[Report on the health of British troops in the Madras command]
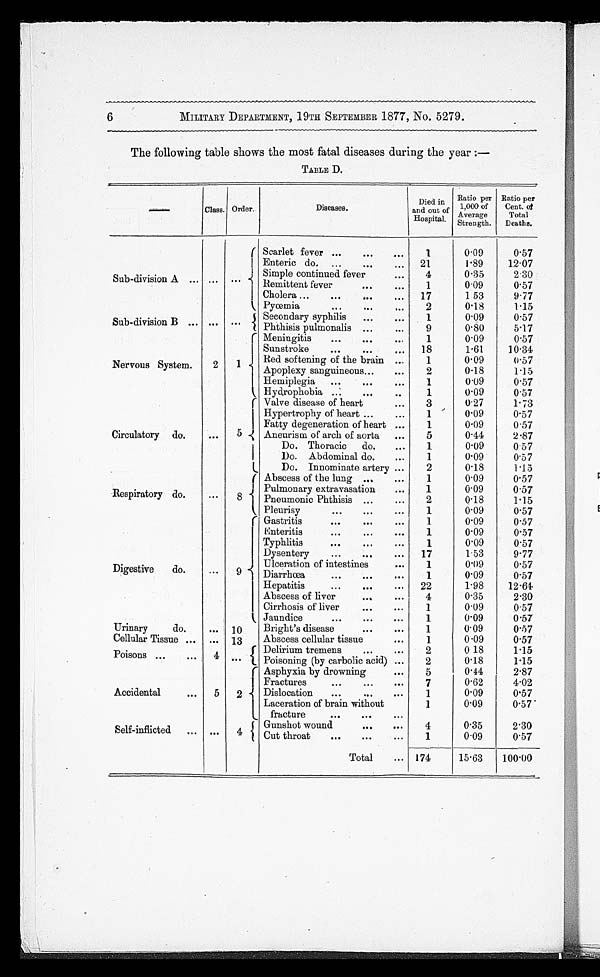
6
MILITARY DEPARTMENT, 19TH SEPTEMBER 1877, No. 5279.
The following table shows the most fatal diseases during the year :-
TABLE D.
—
Class. Order.
Diseases.
D i e d i n a n d o u t o f H o s p i t a l .
R a t i o p e r c e n t . o f T o t a l D e a t h s .
R a t i o p e r c e n t o f T o t a l D e a t h s .
Sub-division A ...
. . . ...
Scarlet fever ... ... ...
1
0.09
0.57
E n t e r i c d o
. . . . . . . . .
21
1.89
12.07
Simple continued fever
. . .
4
0.35
2 . 3 0
Remittent fever
. . .
1
0.09
0.57
Cholera ...
...
. . . 17
1 53
9.77
Pyœmia
...
...
. . .
2
0 . 1 8
1.15
Sub-division B ... ...
. . .
Secondary syphilis
...
...
1
0.09
0.57
Phthisis pulmonalis ...
...
9
0.80
5.17
Nervous System.
2
1
Meningitis
...
...
. . .
1
0.09
0.57
Sunstroke
...
. . .
...
18
1.61
10.34
Red softening of the brain ...
1
0.09
0.27
Apoplexy sanguineous...
. . .
2
0.18
1.15
Hemiplegia
...
. ...
. . .
1
0.09
0.57
Hydrophobia ...
...
...
1
0.09
0.57
Circulatory do.
. . .
5
Valve disease of heart
...
3
0.27
1.73
Hypertrophy of heart ...
. . .
1
0 . 0 9
0.57
Fatty degeneration of heart ...
1
0.09
0.57
Aneurism of arch of aorta
...
5
0.44
2.87
Do. Thoracic
do.
...
1
0.09
0 57
Do. Abdominal do.
. . .
1
0.09
0.57
Do. Innominate artery ...
2
0.18
1.15
Respiratory do.
...
8
Abscess of the lung ...
. . .
1
0.09
0.57
Pulmonary extravasation
...
1
0.09
0.57
Pneumonic Phthisis ......
2
0.18
1.15
Pleurisy
. . . . . . . . .
1
0.09
0 . 5 7
Digestive
do.
...
9
Gastritis
...
...
. . .
1
0.09
0.57
Enteritis
... ...
. . .
1
0.09
0.57
Typhlitis
...
...
...
1
0.09
0.57
Dysentery
...
17
1.53
9.77
Ulceration of intestines
...
1
0.09
0.57
Diarrhœa
...
...
. . .
1
0.09
0.57
Hepatitis
...
...
...
22
1.98
12.61
Abscess of liver
...
. . .
4
0 . 3 5
2.30
Cirrhosis of liver
...
. . .
1
0.09
0.57
Jaundice
...
...
...
1
0.09
0.57
Urinary
do.
. . . 10
Bright's disease
...
. . .
1
0.09
0.57
Cellular Tissue ... ... 13
Abscess cellular tissue
. . .
1
0.09
0.57
p o i s o n s
. .
.
. . . 4 ...
Delirium tremens
...
. . .
2
0 .18
1 . 1 5
Poisoning (by carbolic acid) ...
2
0.18
1.15
Accidental
...
5
2
Asphyxia by drowning
. . .
5
0.44
2.87
Fractures
...
. . . . . . .
7
0.62
4.02
Dislocation
...
...
. . .
1
0.09
0.57
Laceration of brain without
fracture
...
...
. . .
1
0.09
0.57
Self-inflicted
... ...
4
Gunshot wound
...
. . .
4
0.35
2.30
Cut throat
...
. . .
1
0.09
0.57
Total
... 174
15.63
100.00